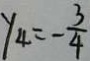
y _ { 4 } = - \frac { 3 } { 4 }